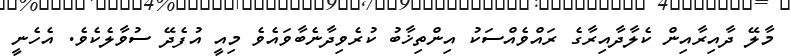
މާލޭ ދާއިރާއިން ކެލާދާއިރާގެ ރައްވެއްސަކު އިންތިޚާބު ކުރެވިދާނެބާވައެވެ މިއީ އުފެދޭ ސުވާލެކެވެ. އެހެނީ